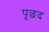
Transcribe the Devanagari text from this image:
पूछद